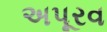
અપૂરવ